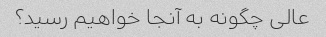
عالی چگونه به آنجا خواهیم رسید؟